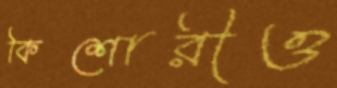
কিশোরীও